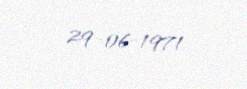
29-06-1971